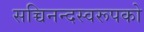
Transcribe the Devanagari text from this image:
सच्चिनन्दस्वरूपको